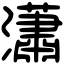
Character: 瀟